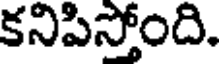
కనిపిస్తోంది.